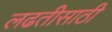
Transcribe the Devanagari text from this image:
लढतीसाठी